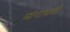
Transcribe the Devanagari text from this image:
मांगाघरी